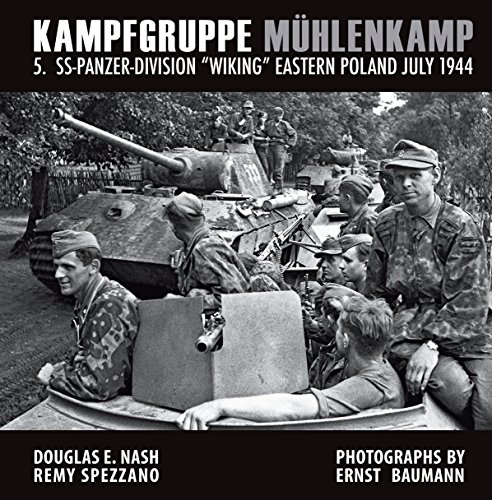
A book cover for Kampfgruppe MÃ¼hlenkamp: 5. SS-Panzer-Division "Wiking", Eastern Poland, July 1944; Douglas E. Nash; Arts & Photography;